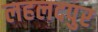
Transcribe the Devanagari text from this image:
लहलदपुर